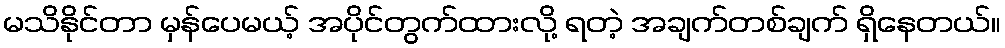
မသိနိုင်တာ မှန်ပေမယ့် အပိုင်တွက်ထားလို့ ရတဲ့ အချက်တစ်ချက် ရှိနေတယ်။